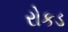
રોકડ